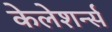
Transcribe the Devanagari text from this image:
केलेशर्न्स